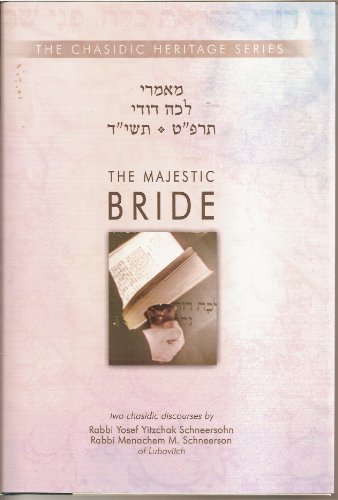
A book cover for Majestic Bride - Lecha Dodi 5689 & 5714 (CHS) (Chassidic Heritage); Yosef Yitzchak Schneersohn; Religion & Spirituality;